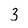
Character: 3